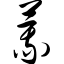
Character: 莪